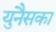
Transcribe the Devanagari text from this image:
युनैसका